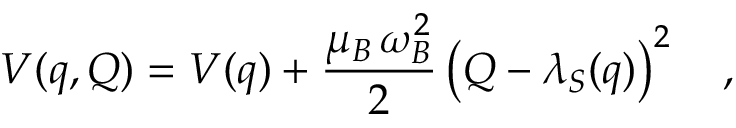
V ( q , Q ) = V ( q ) + \frac { \mu _ { B } \, \omega _ { B } ^ { 2 } } { 2 } \left( Q - \lambda _ { S } ( q ) \right) ^ { 2 } \quad ,